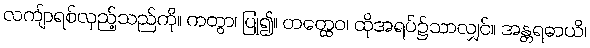
လကျ်ာရစ်လှည့်သည်ကို။ ကတွာ၊ ပြု၍။ တတ္ထေဝ၊ ထိုအရပ်၌သာလျှင်။ အန္တရဓာယိ၊